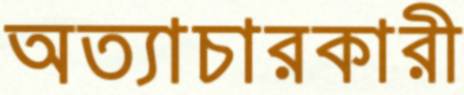
অত্যাচারকারী